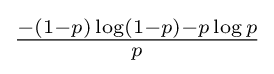
{\tfrac {-(1-p)\log(1-p)-p\log p}{p}}